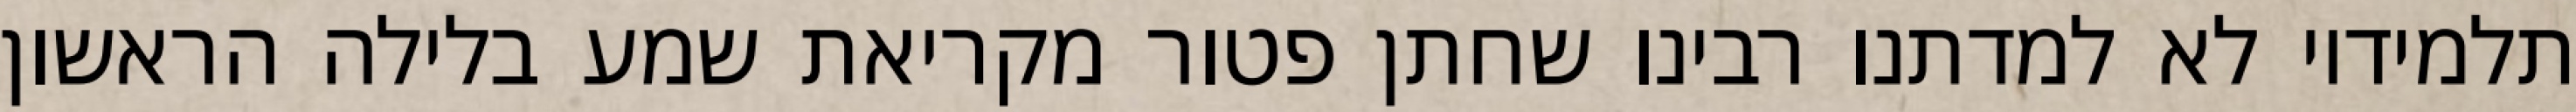
תלמידיו לא למדתנו רבינו שחתן פטור מקריאת שמע בלילה הראשון